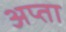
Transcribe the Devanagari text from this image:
अप्ता